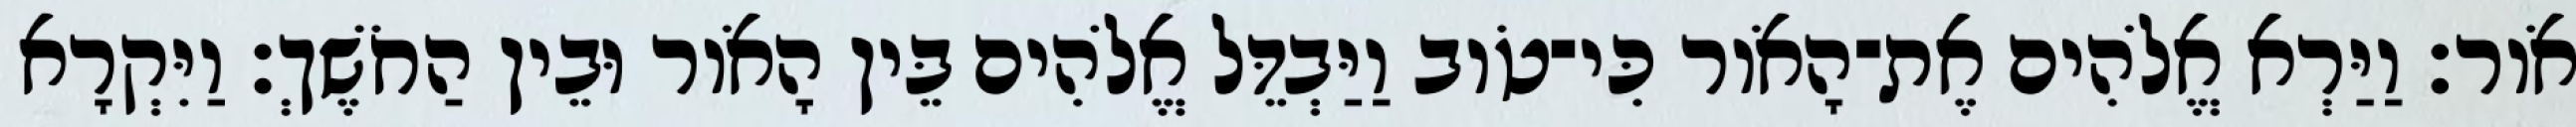
אֹור׃ וַיַּרְא אֱלֹהִים אֶת־הָאֹור כִּי־טֹוב וַיַּבְדֵּל אֱלֹהִים בֵּין הָאֹור וּבֵין הַחֹשֶׁךְ׃ וַיִּקְרָא